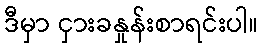
ဒီမှာ ငှားခနှုန်းစာရင်းပါ။